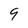
Character: 9